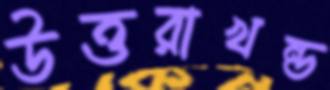
উত্তরাখন্ড